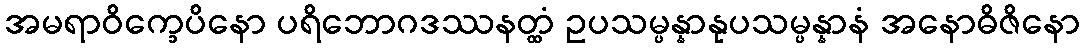
အမရာဝိက္ခေပိနော ပရိဘောဂဒဿနတ္ထံ ဥပသမ္ပန္နာနုပသမ္ပန္နာနံ အနောဓိဇိနော